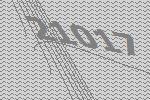
21017